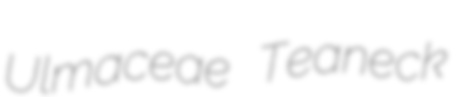
Ulmaceae Teaneck